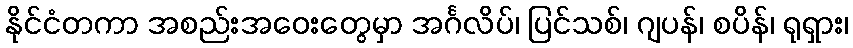
နိုင်ငံတကာ အစည်းအဝေးတွေမှာ အင်္ဂလိပ်၊ ပြင်သစ်၊ ဂျပန်၊ စပိန်၊ ရုရှား၊